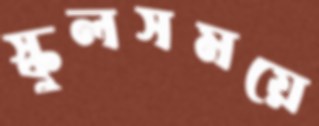
স্কুলসময়ে